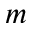
m